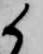
候